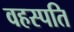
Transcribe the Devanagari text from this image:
वहस्पति